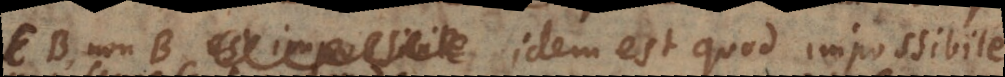
EB, non-B est impossibile idem est quod impossibile.